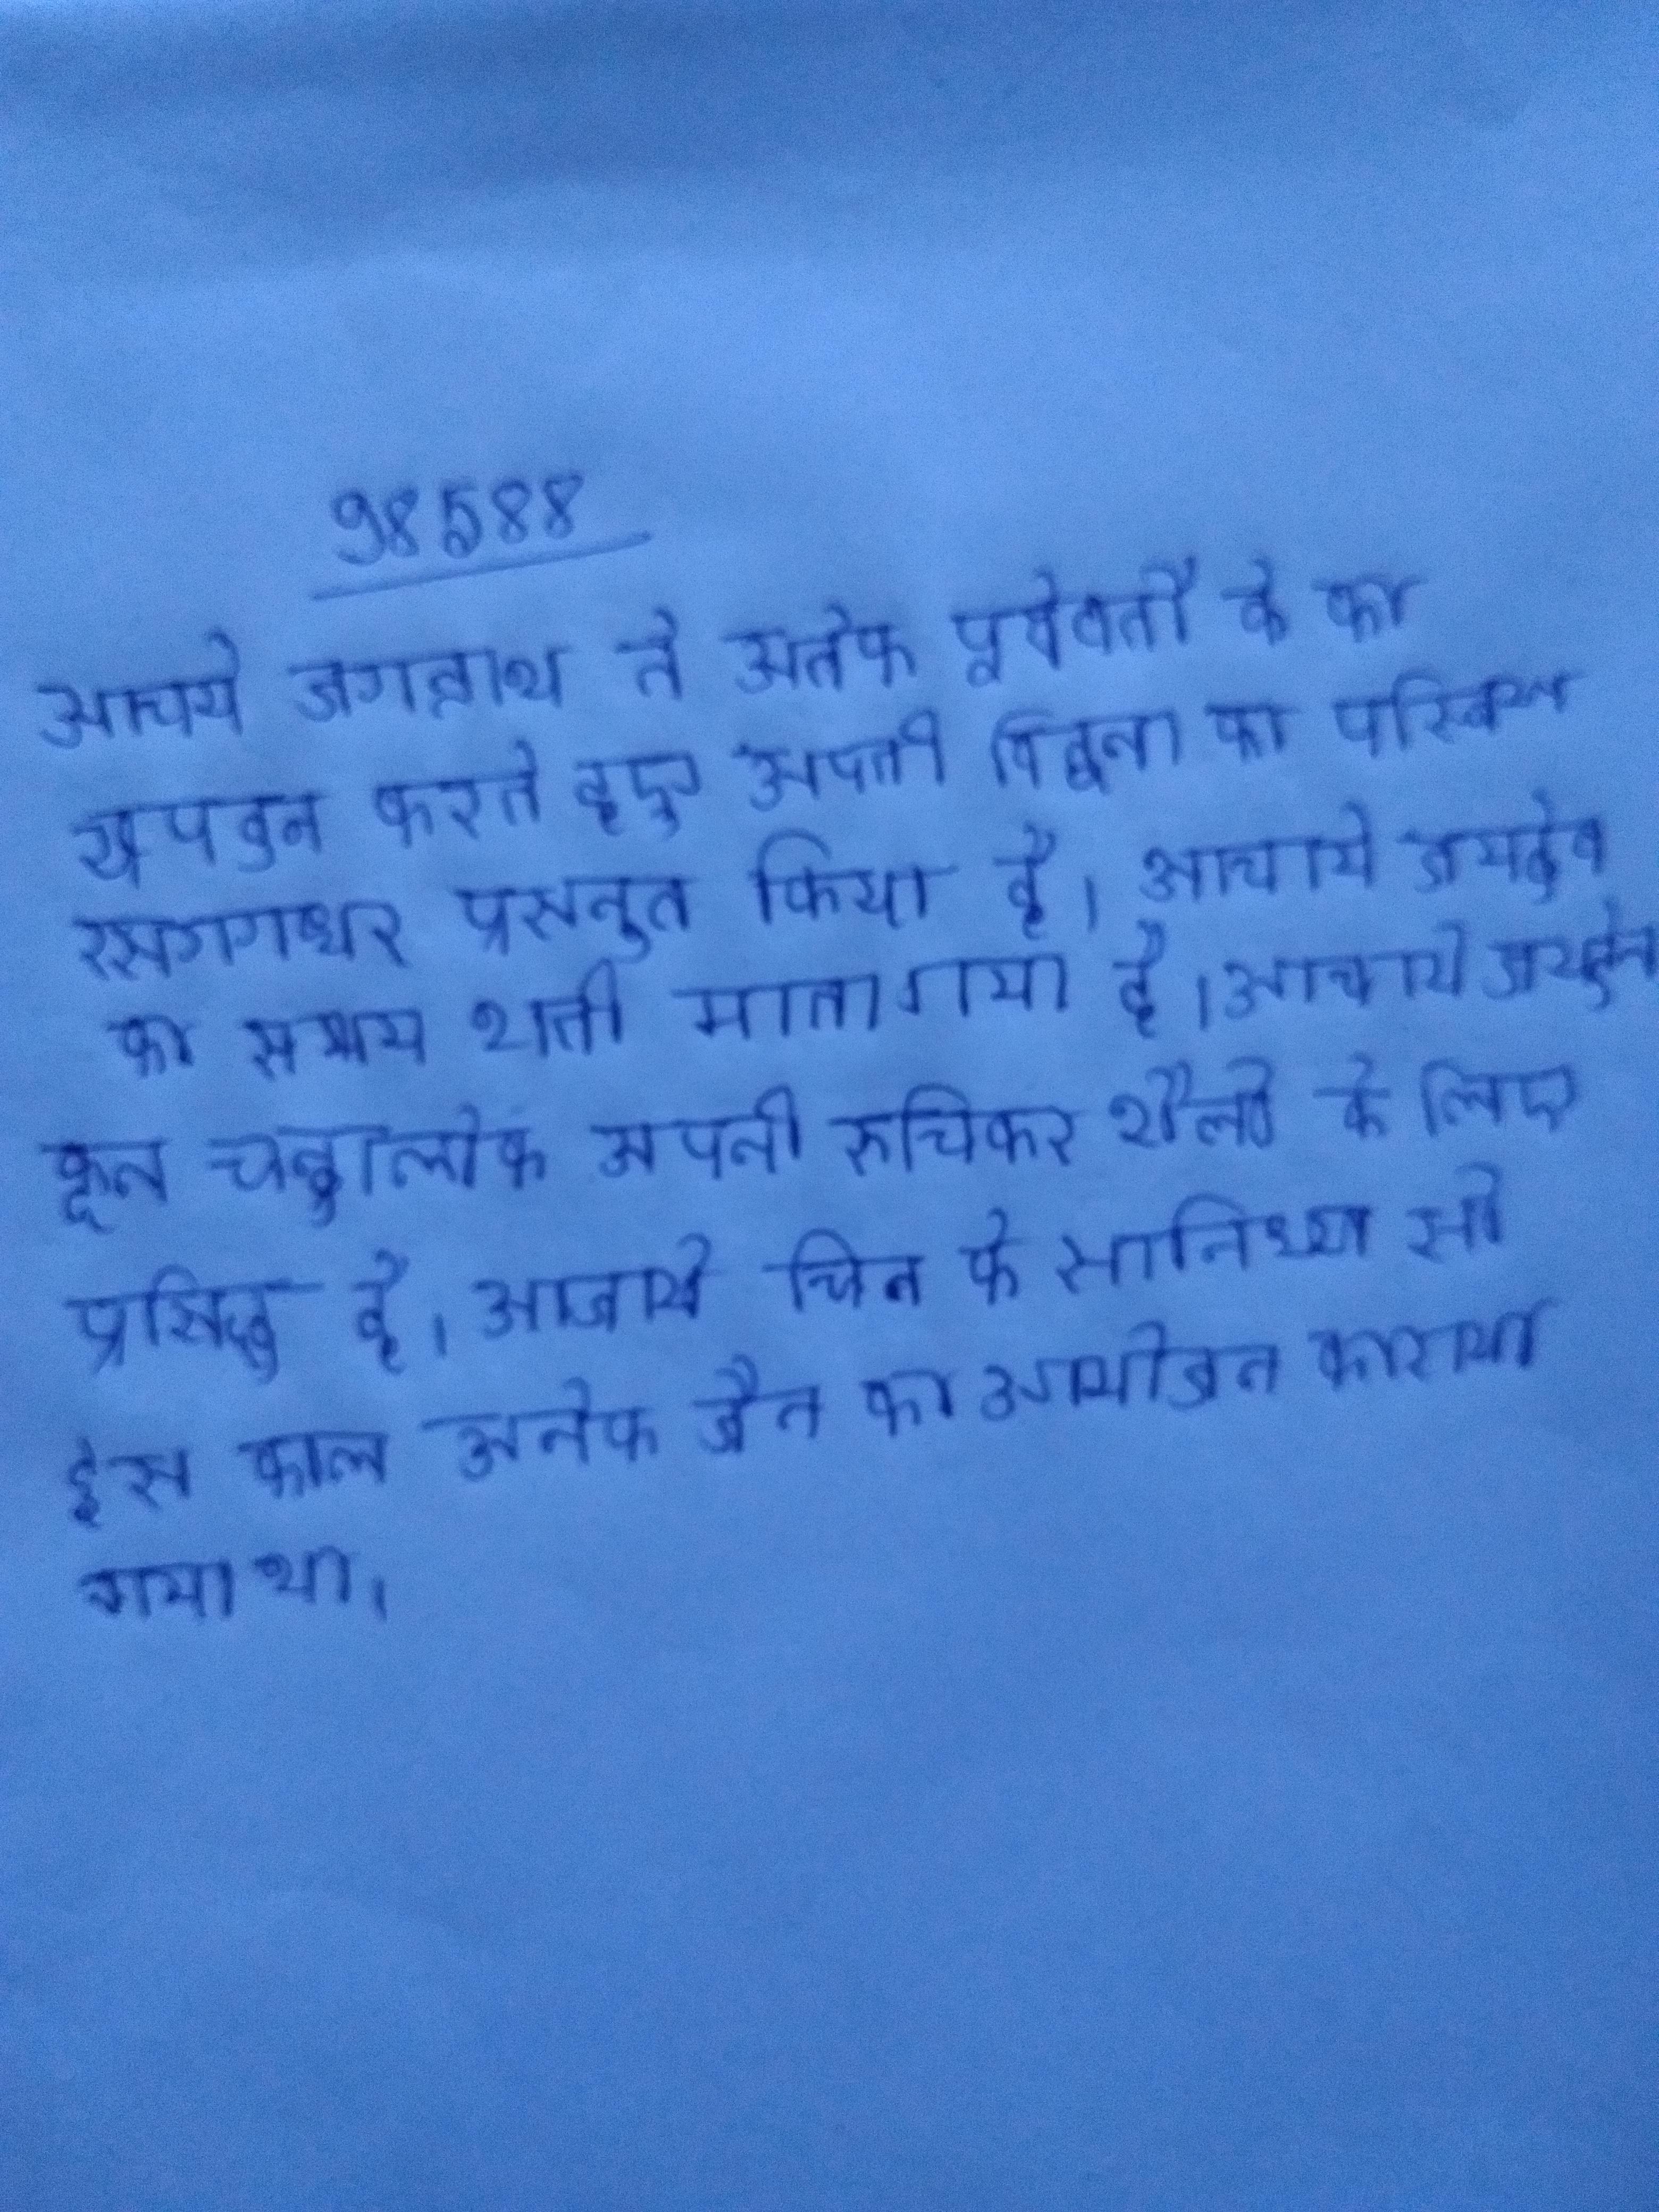
आचार्य जगन्नाथ ने अनेक पूर्ववर्ती के का खण्डन करते हएु अपनी विद्वता का परिचय रसगगधर प्रस्तुत किया है । आचार्य जयदेव का समय शती माना गया है । आचार्य जयदेव कृत चन्द्रालोक अपनी रुचिकर शैली के लिए प्रसिद्ध है । आचार्य जिन के सानिध्य से इस काल अनेक जैन का आयोजन कराया गया था ।